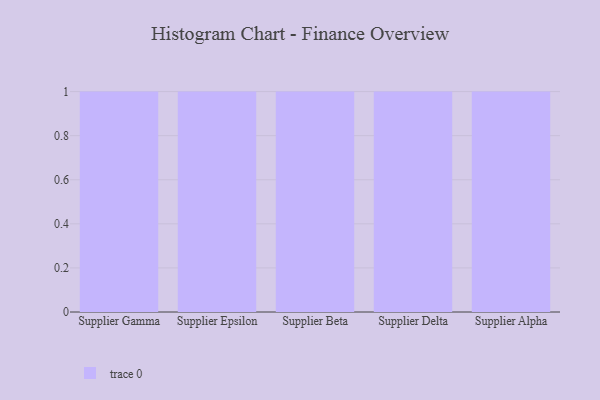
{"axis": {"x": "Supplier", "y": "Operating Costs (USD K)"}, "legend": [""], "data": [{"x": "Supplier Gamma", "y": 8, "type": ""}, {"x": "Supplier Epsilon", "y": 64, "type": ""}, {"x": "Supplier Beta", "y": 65, "type": ""}, {"x": "Supplier Delta", "y": 16, "type": ""}, {"x": "Supplier Alpha", "y": 7, "type": ""}]}